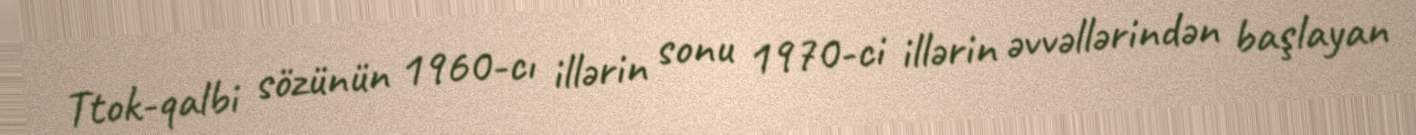
Ttok-qalbi sözünün 1960-cı illərin sonu 1970-ci illərin əvvəllərindən başlayan